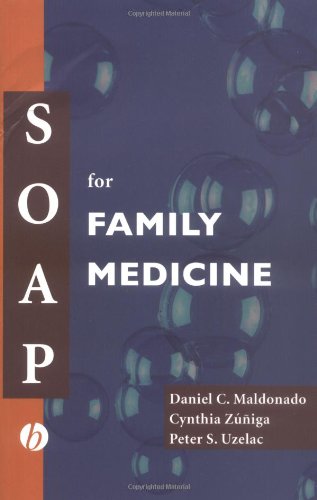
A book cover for SOAP for Family Medicine; Test Preparation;